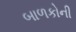
બાળકોની